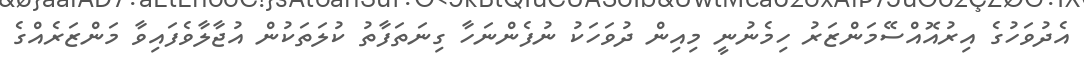
އެދުވަހުގެ އިރުއޮއްސޭމަންޒަރު ހިމެނުނީ މިއިން ދުވަހަކު ނުފެންނަހާ ގިނަތަފާތު ކުލަތަކުން އުޖާލާވެފައިވާ މަންޒަރެއްގެ